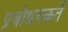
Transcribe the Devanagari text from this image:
प्रबोधनकर्ते